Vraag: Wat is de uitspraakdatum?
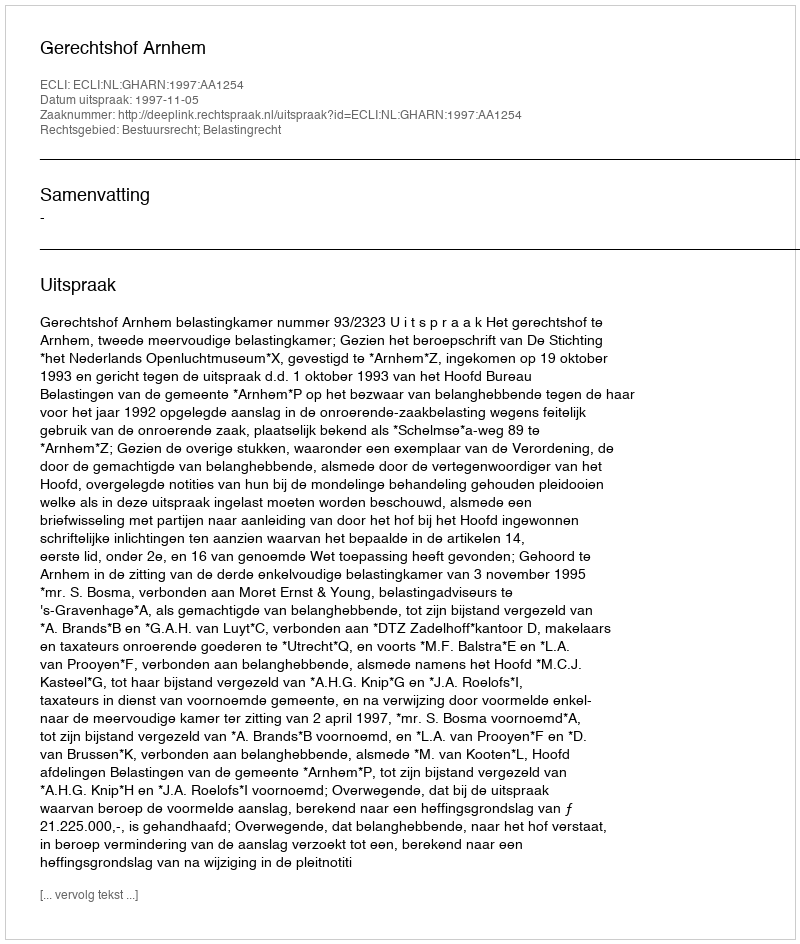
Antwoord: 1997-11-05